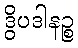
ဒွိပဒါနဉ္စ